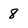
Character: 8